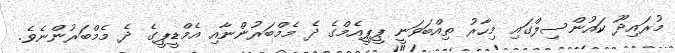
މުރައިދޫ ކައުންސިލްގައި މިހާރު ތިއްބަވަނީ ޕީޕީއެމްގެ ދެ މެމްބަރުންނާއި އެމްޑީޕީގެ ދެ މެމްބަރުންނެވެ.